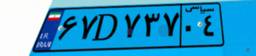
۹۷D۵۱۳۱۵